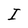
Character: I